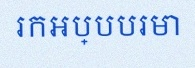
រកអប្បបរមា